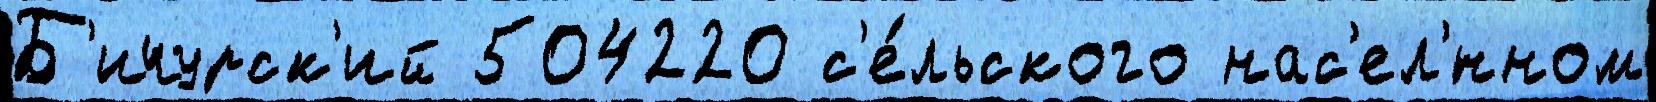
Б'ичурск'ий 504220 с'е́льского нас'ел'́нном